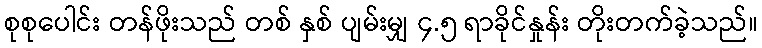
စုစုပေါင်း တန်ဖိုးသည် တစ် နှစ် ပျမ်းမျှ ၄.၅ ရာခိုင်နှုန်း တိုးတက်ခဲ့သည်။